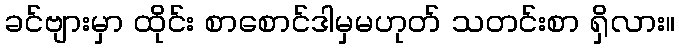
ခင်ဗျားမှာ ထိုင်း စာစောင်ဒါမှမဟုတ် သတင်းစာ ရှိလား။